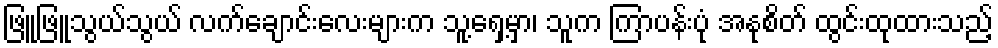
ဖြူဖြူသွယ်သွယ် လက်ချောင်းလေးများက သူ့ရှေ့မှာ၊ သူက ကြာပန်းပုံ အနုစိတ် ထွင်းထုထားသည့်